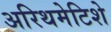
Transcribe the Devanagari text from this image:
अरिथमेटिशे